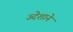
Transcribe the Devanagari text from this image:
उदेशाने